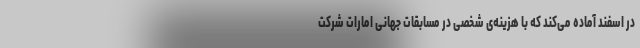
در اسفند آماده می‌کند که با هزینه‌ی شخصی در مسابقات جهانی امارات شرکت